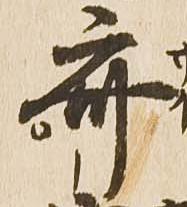
斎